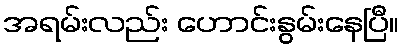
အရမ်းလည်း ဟောင်းနွမ်းနေပြီ။